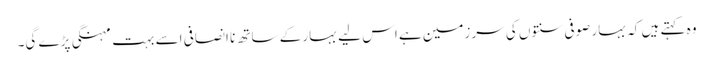
وہ کہتے ہیں کہ بہار صوفی سنتوں کی سرزمین ہے اس لیے بہار کے ساتھ نا انصافی اسے بہت مہنگی پڑے گی۔